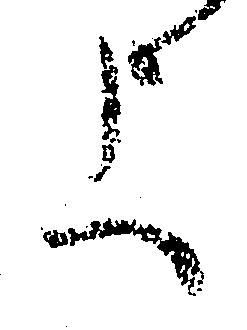
上